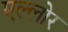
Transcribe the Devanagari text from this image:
एल्लोर